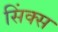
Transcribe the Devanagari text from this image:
सिंक्स